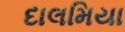
દાલમિયા